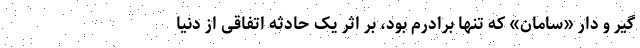
گیر و دار «سامان» که تنها برادرم بود، بر اثر یک حادثه اتفاقی از دنیا